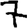
Digit: 7